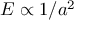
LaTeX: E \propto 1 / a ^ { 2 }